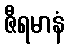
ဇီရမာနံ